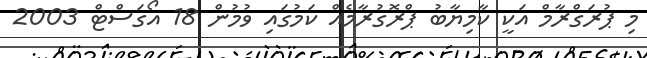
މި ޕުރަގްރާމް އަކީ ކާމިޔާބު ޕްރޮގުރާމެއް ކަމުގައި ވުމުން 18 އޯގަސްޓް 2003